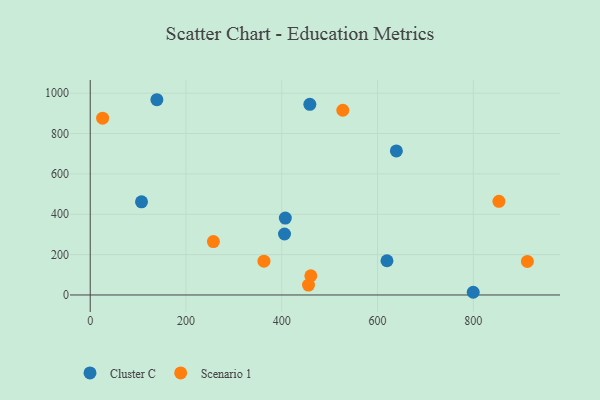
{"axis": {"x": "Speed", "y": "Demand"}, "legend": ["Cluster C", "Scenario 1"], "data": [{"x": "619.7", "y": 169.6, "type": "Cluster C"}, {"x": "799.8", "y": 13.4, "type": "Cluster C"}, {"x": "458.6", "y": 944.6, "type": "Cluster C"}, {"x": "639.3", "y": 714.0, "type": "Cluster C"}, {"x": "407.4", "y": 381.1, "type": "Cluster C"}, {"x": "405.7", "y": 302.2, "type": "Cluster C"}, {"x": "107.1", "y": 461.4, "type": "Cluster C"}, {"x": "139.2", "y": 967.5, "type": "Cluster C"}, {"x": "25.9", "y": 876.3, "type": "Scenario 1"}, {"x": "257.2", "y": 264.7, "type": "Scenario 1"}, {"x": "460.7", "y": 95.2, "type": "Scenario 1"}, {"x": "527.5", "y": 915.3, "type": "Scenario 1"}, {"x": "455.8", "y": 49.1, "type": "Scenario 1"}, {"x": "362.8", "y": 167.6, "type": "Scenario 1"}, {"x": "853.5", "y": 464.3, "type": "Scenario 1"}, {"x": "912.9", "y": 166.3, "type": "Scenario 1"}]}